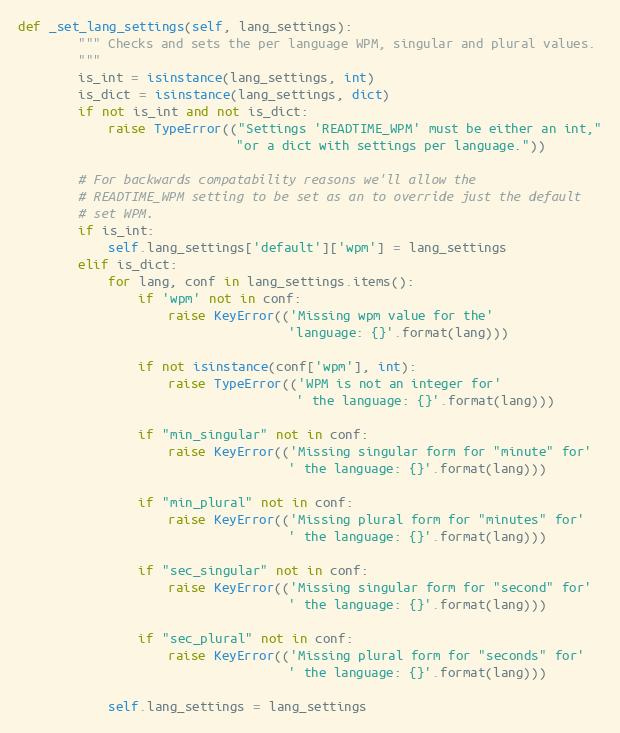
Language: Python
def _set_lang_settings(self, lang_settings):
        """ Checks and sets the per language WPM, singular and plural values.
        """
        is_int = isinstance(lang_settings, int)
        is_dict = isinstance(lang_settings, dict)
        if not is_int and not is_dict:
            raise TypeError(("Settings 'READTIME_WPM' must be either an int,"
                             "or a dict with settings per language."))

        # For backwards compatability reasons we'll allow the
        # READTIME_WPM setting to be set as an to override just the default
        # set WPM.
        if is_int:
            self.lang_settings['default']['wpm'] = lang_settings
        elif is_dict:
            for lang, conf in lang_settings.items():
                if 'wpm' not in conf:
                    raise KeyError(('Missing wpm value for the'
                                    'language: {}'.format(lang)))

                if not isinstance(conf['wpm'], int):
                    raise TypeError(('WPM is not an integer for'
                                     ' the language: {}'.format(lang)))

                if "min_singular" not in conf:
                    raise KeyError(('Missing singular form for "minute" for'
                                    ' the language: {}'.format(lang)))

                if "min_plural" not in conf:
                    raise KeyError(('Missing plural form for "minutes" for'
                                    ' the language: {}'.format(lang)))

                if "sec_singular" not in conf:
                    raise KeyError(('Missing singular form for "second" for'
                                    ' the language: {}'.format(lang)))

                if "sec_plural" not in conf:
                    raise KeyError(('Missing plural form for "seconds" for'
                                    ' the language: {}'.format(lang)))

            self.lang_settings = lang_settings